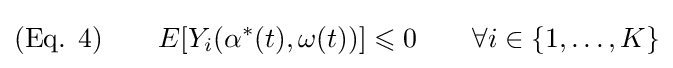
({\text{Eq. }}4)\qquad E[Y_{i}(\alpha ^{*}(t),\omega (t))]\leqslant 0\qquad \forall i\in \{1,\ldots ,K\}